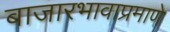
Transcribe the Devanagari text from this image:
बाजारभावाप्रमाणे